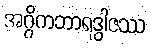
အဂ္ဂိကဘာရဒွါဇဿ